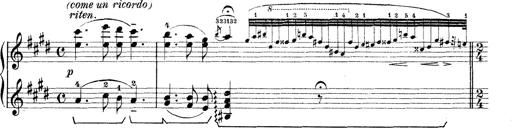
Title: Rapsodie: 19 ungheresi, 1 spagnuola
Composer: Franz Liszt